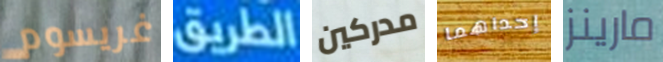
غريسوم الطريق مدركين إحداهما مارينز